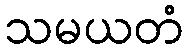
သမယတံ